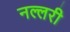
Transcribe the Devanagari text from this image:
नल्लरी